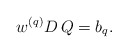
\begin{align*}w^{(q)} D \,Q = b_q.\end{align*}